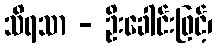
သိရသာ - ဦးခေါင်းဖြင့်၊